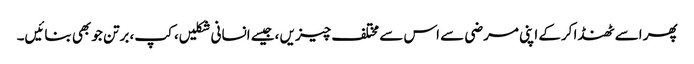
پھر اسے ٹھنڈا کرکے اپنی مرضی سے اس سے مختلف چیزیں ،جیسے انسانی شکلیں، کپ، برتن جو بھی بنائیں۔